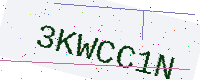
Text: 3KWCC1N